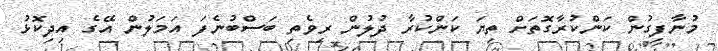
މުނާފިގުން ކަންކުރާގޮތަށް ތިޔަ ކަންކުރާ ދުލުން ރިވެތި ބަސްބުނެފަ އަމަލުން އޭގެ އިދިކޮޅު